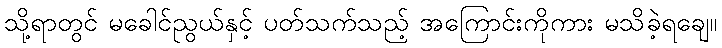
သို့ရာတွင် မခေါင်ညွယ်နှင့် ပတ်သက်သည့် အကြောင်းကိုကား မသိခဲ့ရချေ။